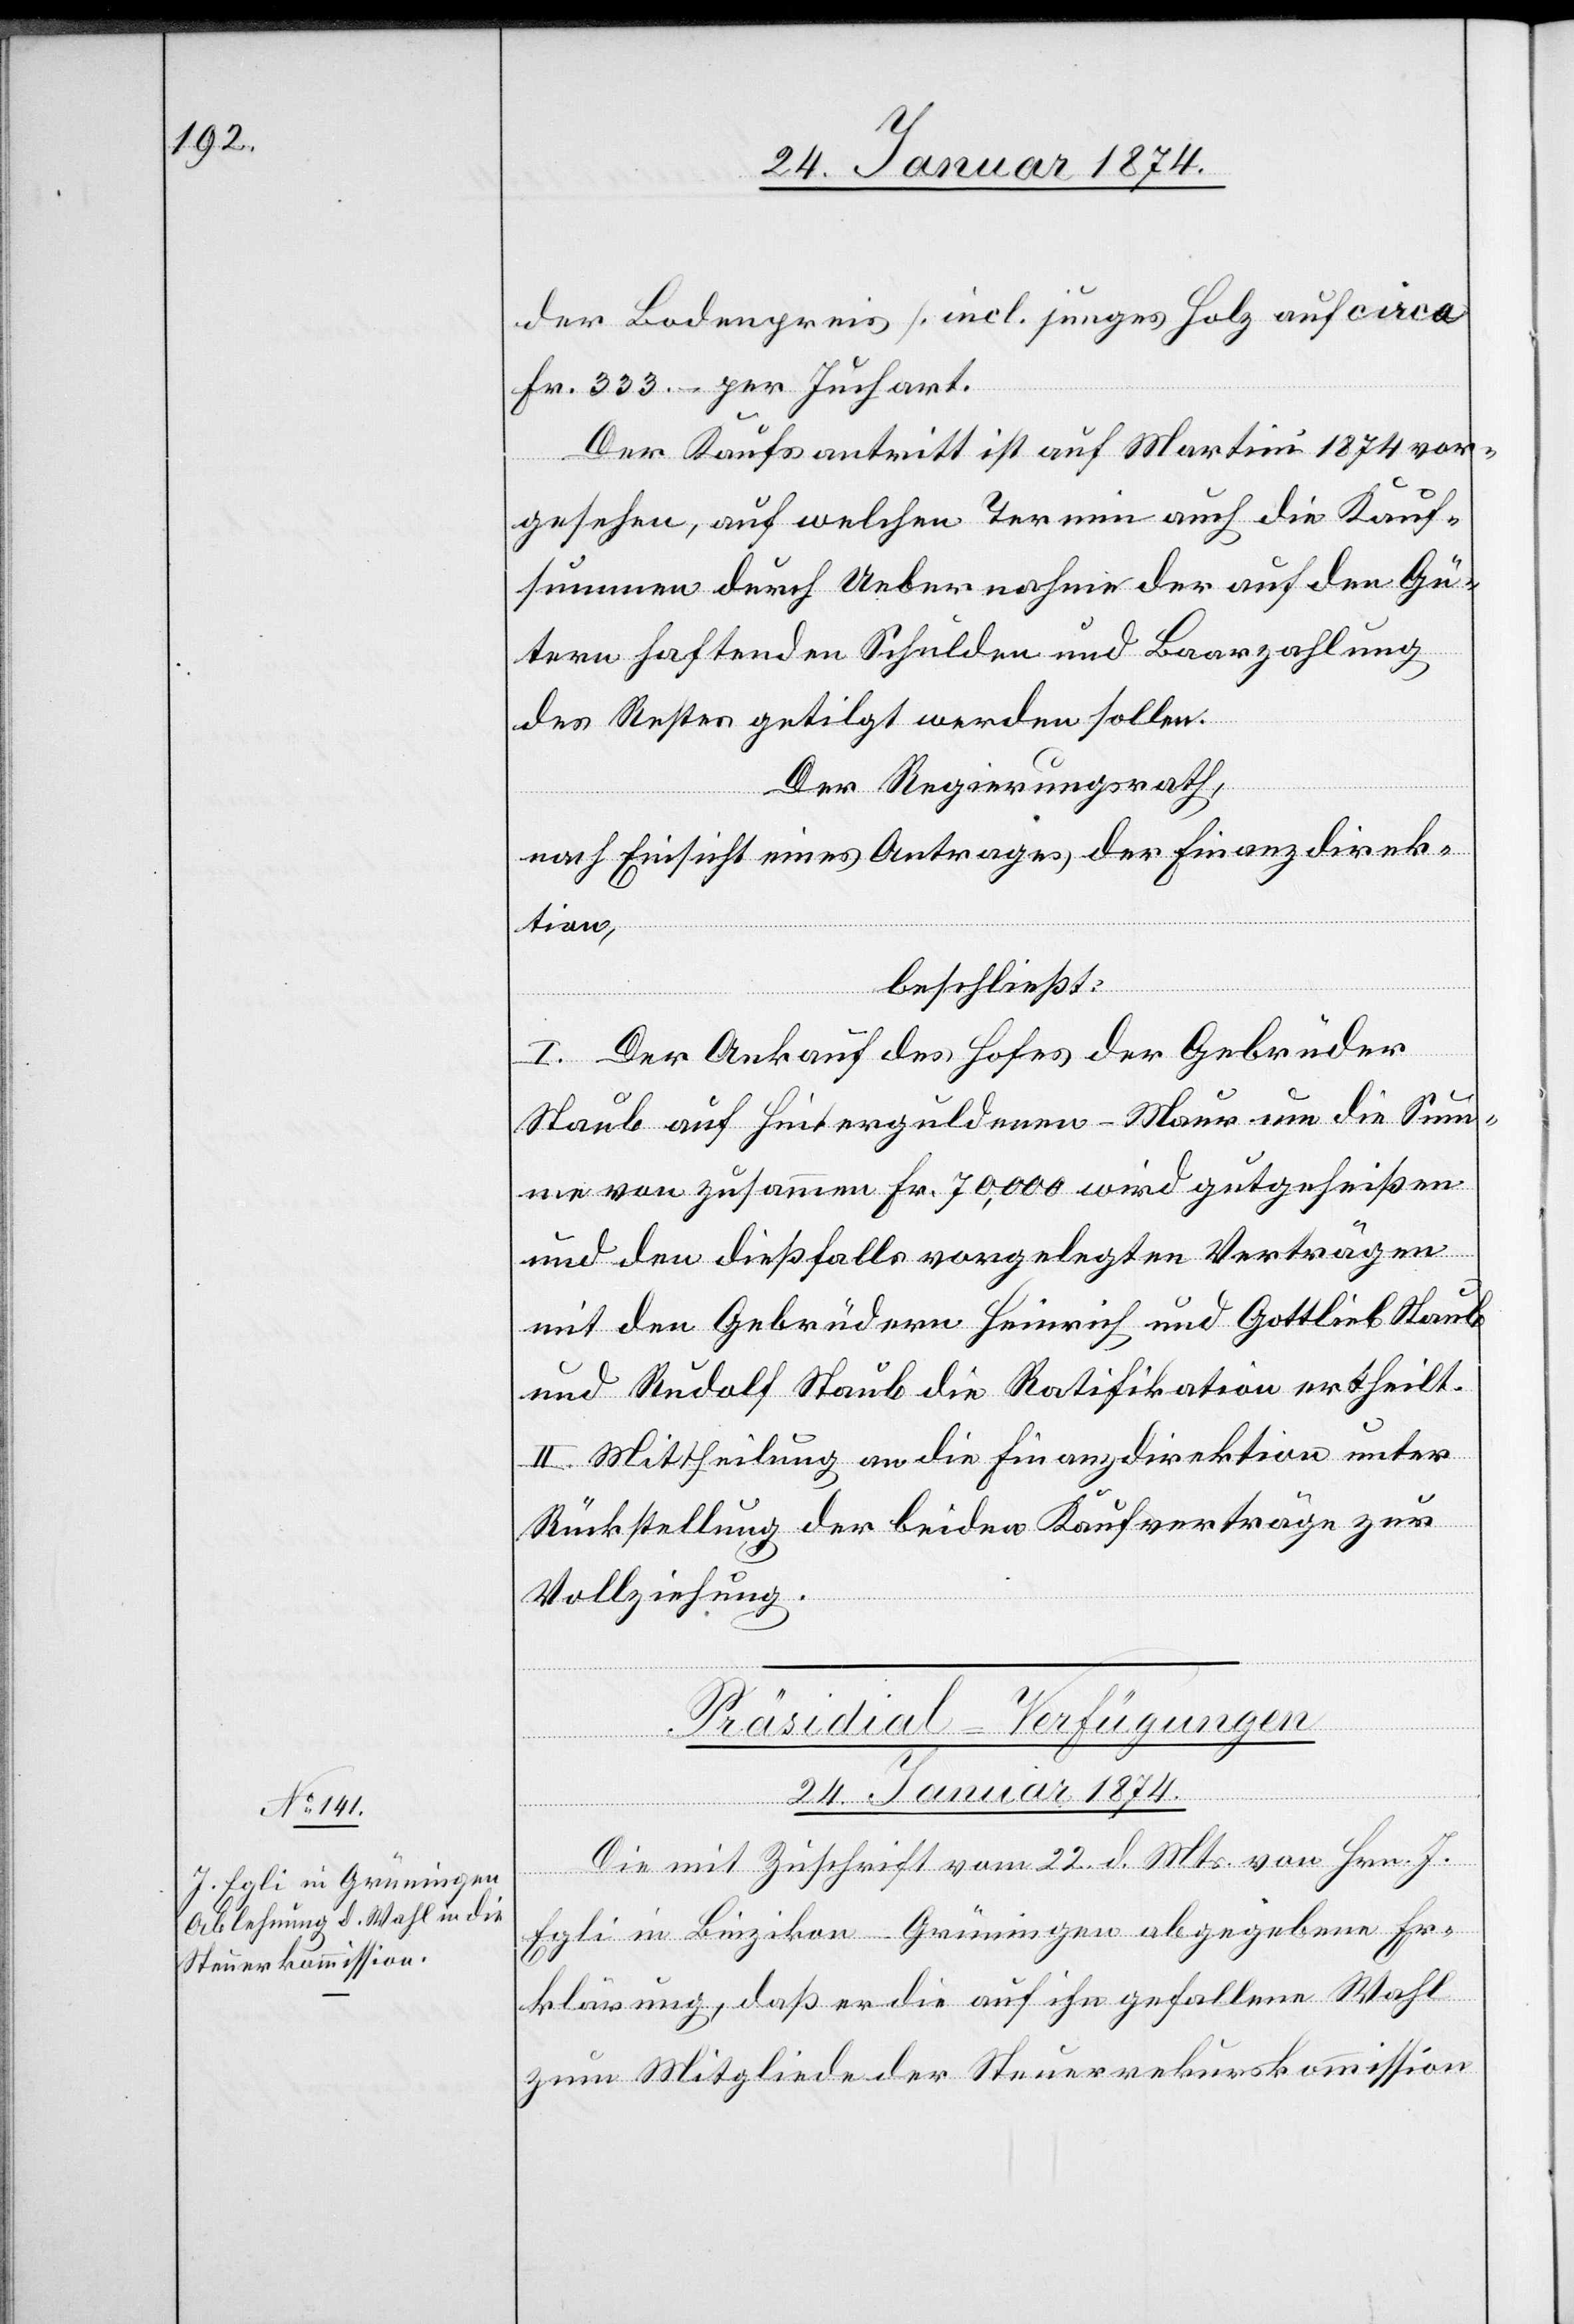
der Bodenpreis [incl. junges Holz auf circa
Fr. 333 per Juchart.[]]
Der Kaufsantritt ist auf Martini 1874 vor¬
gesehen, auf welchen Termin auch die Kauf¬
summen durch Uebernahme der auf den Gü¬
tern haftenden Schulden und Baarzahlung
des Resten getilgt werden sollen.
Der Regierungsrath,
nach Einsicht eines Antrages der Finanzdirek¬
tion,
beschließt:
I. Der Ankauf des Hofes der Gebrüder
Staub auf Hinterguldenen - Maur um die Sum¬
me von zusammen Fr. 70,000 wird gutgeheißen.
und den dießfalls vorgelegten Verträgen
mit den Gebrüdern Heinrich und Gottlieb Staub
und Rudolf Staub die Ratifikation ertheilt.
II. Mittheilung an die Finanzdirektion unter
Rückstellung der beiden Kaufverträge zur
Vollziehung.
Präsidial-Verfügungen
24. Januar 1874.
Die mit Zuschrift vom 22. d. Mts. von Hrn. J.
Egli in Binzikon-Grüningen abgegebene Er¬
klärung, daß er die auf ihn gefallene Wahl
zum Mitgliede der Steuerrekurskommission